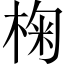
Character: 椈